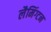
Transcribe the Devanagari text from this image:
लैमिंग्टन